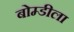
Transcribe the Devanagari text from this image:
बोम्डीला